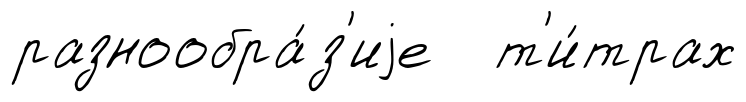
разнообра́з'иjе т'и́трах